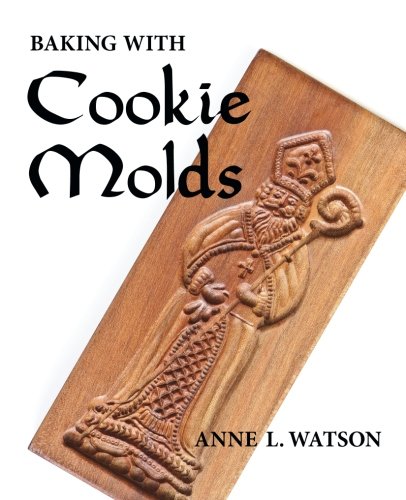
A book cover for Baking with Cookie Molds: Secrets and Recipes for Making Amazing Handcrafted Cookies for Your Christmas, Holiday, Wedding, Party, Swap, Exchange, or Everyday Treat; Anne L. Watson; Cookbooks, Food & Wine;